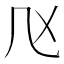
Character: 𠘰